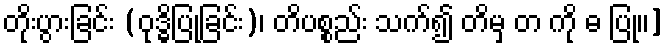
တိုးပွားခြင်း (ဝုဒ္ဓိပြုခြင်း)၊ တိပစ္စည်း သက်၍ တိမှ တ ကို ဓ ပြု၊၊]